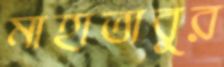
মাহাতাবুর